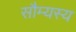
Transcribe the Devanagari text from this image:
सौम्यस्य